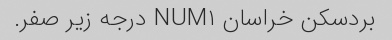
بردسکن خراسان NUM۱ درجه زیر صفر.